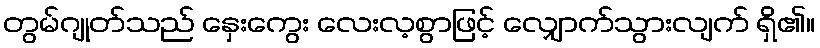
တွမ်ဂျုတ်သည် နှေးကွေး လေးလ့စွာဖြင့် လျှောက်သွားလျက် ရှိ၏။